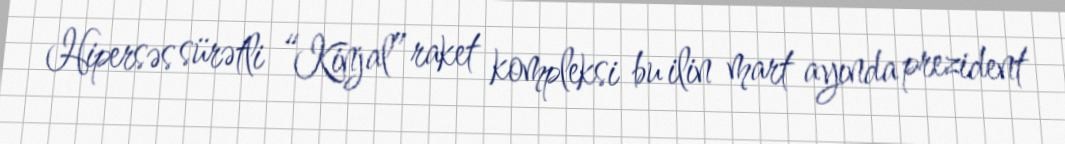
Hipersəs sürətli “Kinjal” raket kompleksi bu ilin mart ayında prezident